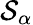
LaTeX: \mathcal{S}_{\alpha}